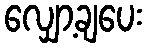
လျှော့ချပေး